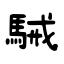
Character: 駴